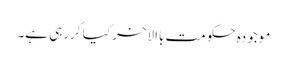
موجودہ حکومت باالاخر کیا کررہی ہے۔